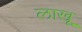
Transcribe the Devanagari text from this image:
लाखू